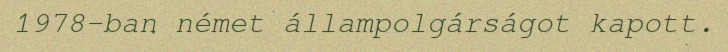
1978-ban német állampolgárságot kapott.